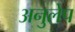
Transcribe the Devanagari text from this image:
अनुलेप